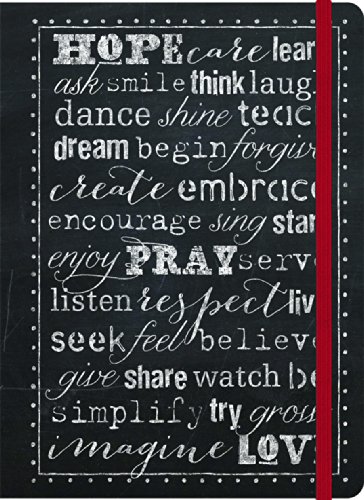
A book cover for Hope, Pray, Love: Inspirational Message Blank Journals (Impulse Journals); Ellie Claire; Self-Help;